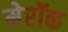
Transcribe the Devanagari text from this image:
मेरॉक